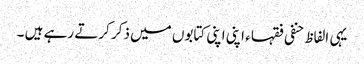
یہی الفاظ حنفی فقہا ء اپنی اپنی کتابوں میں ذکر کرتے رہے ہیں ۔